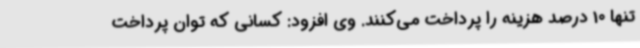
تنها 10 درصد هزینه را پرداخت می‌کنند. وی افزود: کسانی که توان پرداخت